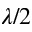
\lambda / 2